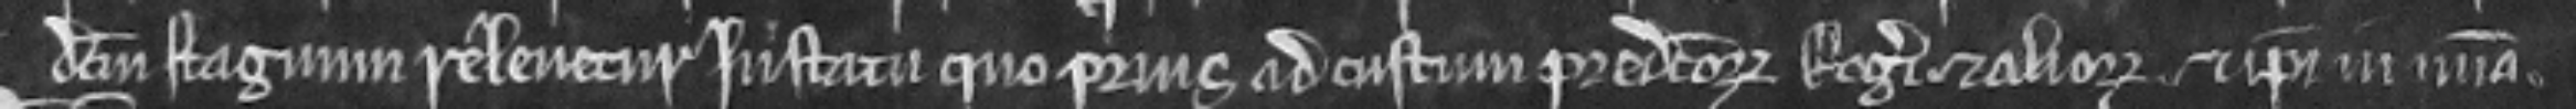
dictum stagnum relevetur in statu quo prius ad custum predictorum Rogeri et aliorum et ipsi in misericordia.